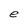
Character: e